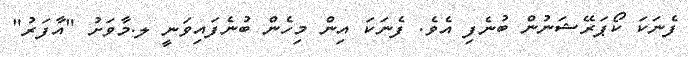
ފެނަކަ ކޯޕަރޭޝަނުން ބުނެފި އެވެ. ފެނަކަ އިން މިހެން ބުނެފައިވަނީ ލ.މާވަށު "އާފަރު"